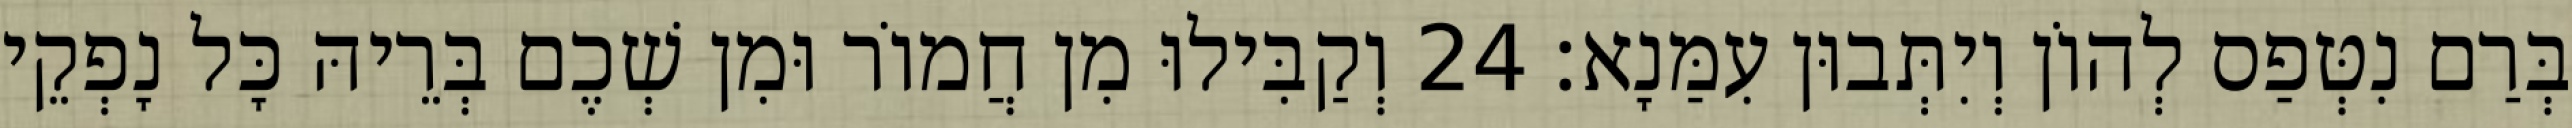
בְּרַם נִטְּפַס לְהוֹן וְיִתְּבוּן עִמַּנָא׃ 24 וְקַבִּילוּ מִן חֲמוֹר וּמִן שְׁכֶם בְּרֵיהּ כָּל נָפְקֵי